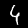
Label: 4